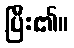
ပြီး၏။